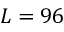
L = 9 6